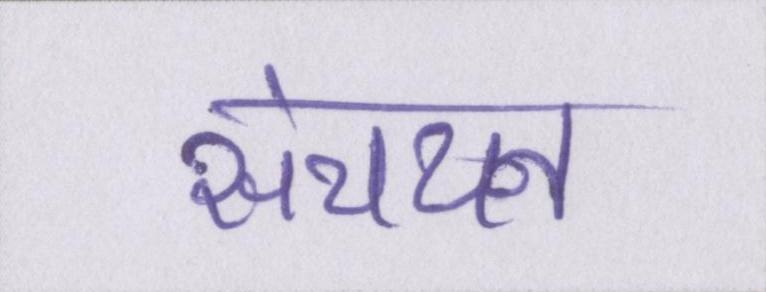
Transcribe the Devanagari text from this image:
संचयन